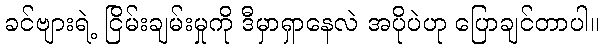
ခင်ဗျားရဲ့ ငြိမ်းချမ်းမှုကို ဒီမှာရှာနေလဲ အပိုပဲဟု ပြောချင်တာပါ။